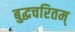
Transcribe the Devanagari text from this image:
बुद्धचरितम्‌